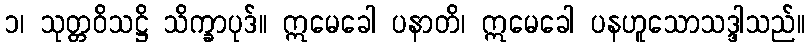
၁၊ သုတ္တဝိသဋ္ဌိ သိက္ခာပုဒ်။ ဣမေခေါ ပနာတိ၊ ဣမေခေါ ပနဟူသောသဒ္ဒါသည်။